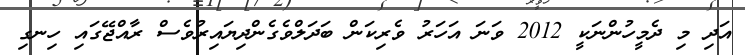
އަދި މި ދެމީހުންނަކީ 2012 ވަނަ އަހަރު ވެރިކަން ބަދަލްވެގެންދިޔައިރުވެސް ރާއްޖޭގައި ހިނގި